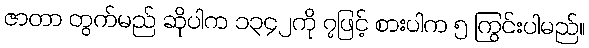
ဇာတာ တွက်မည် ဆိုပါက ၁၃၄၂ကို ၇ဖြင့် စားပါက ၅ ကြွင်းပါမည်။